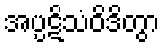
အပ္ပဋိသံဝိဒိတွာ